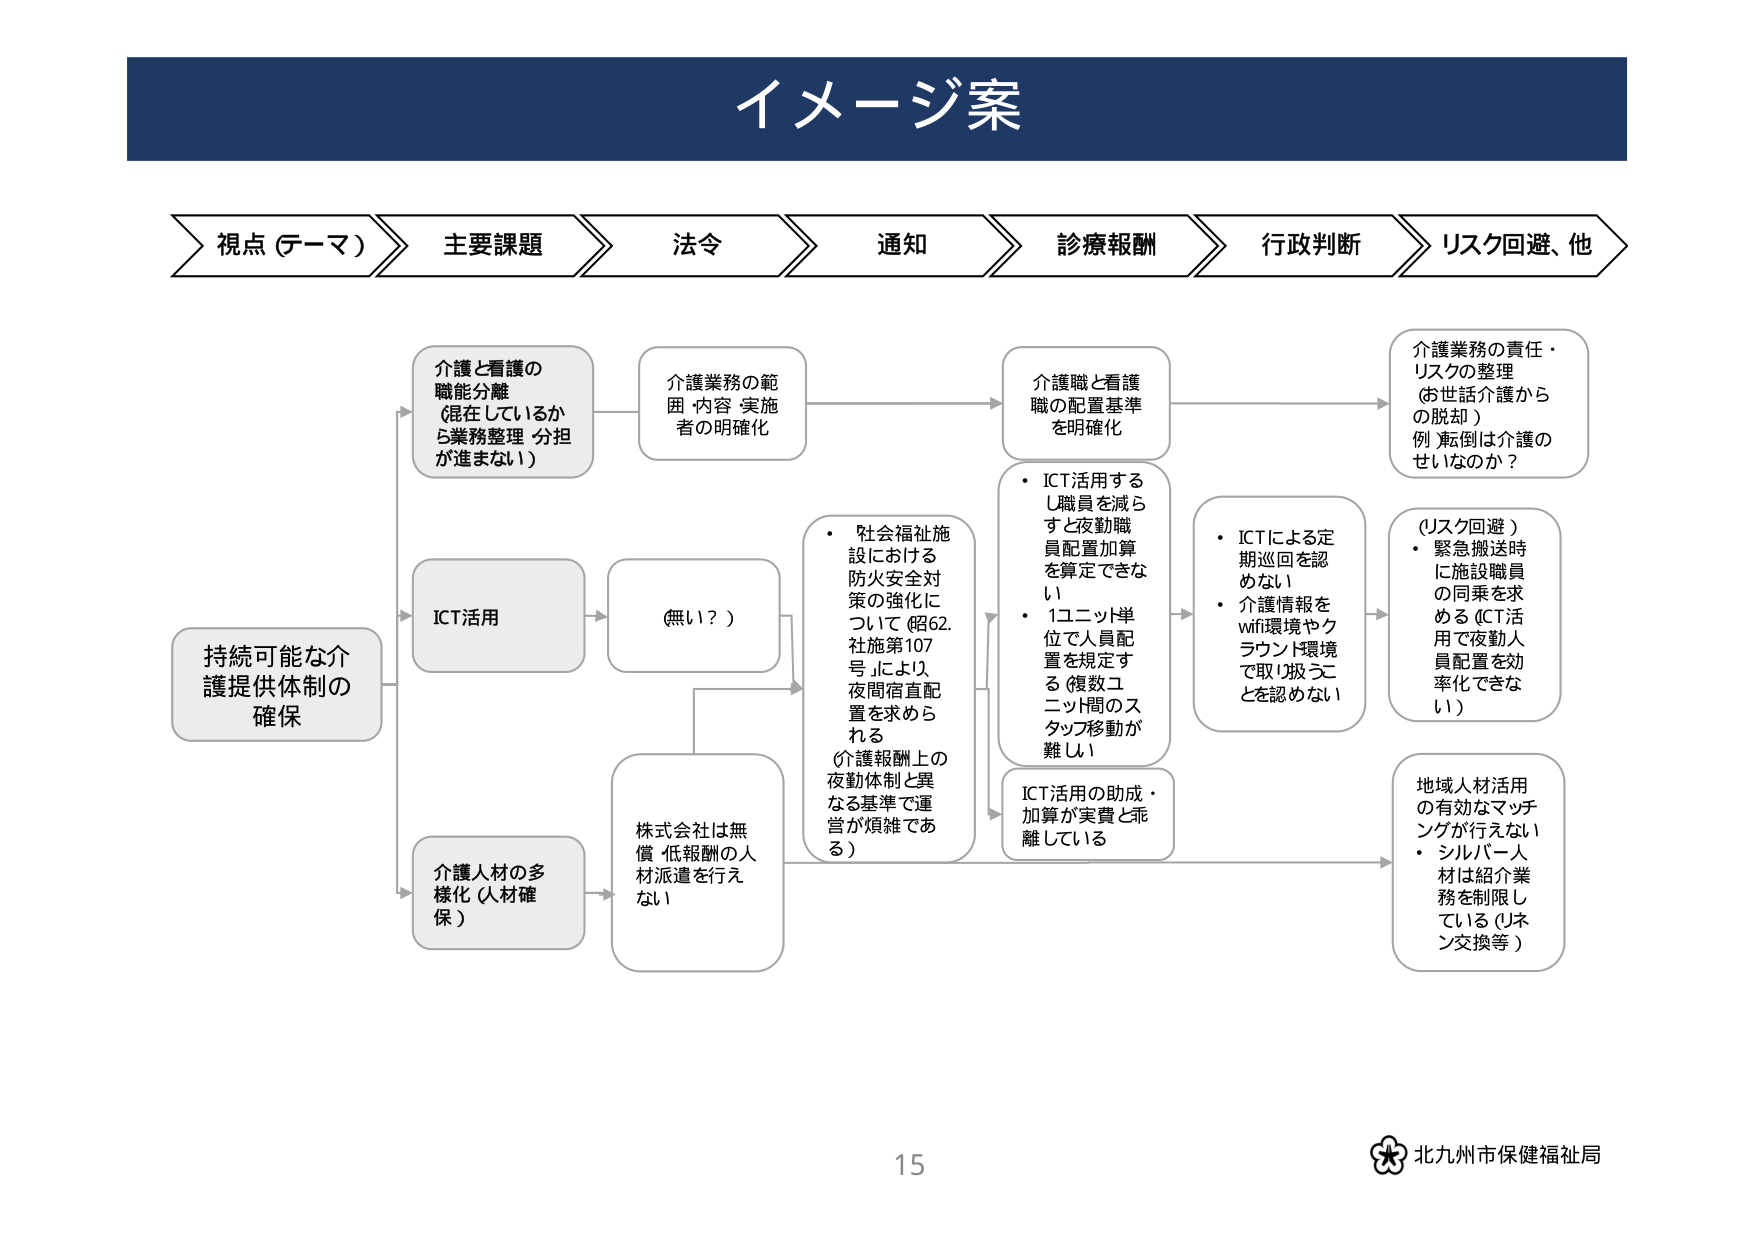
イメージ案

視点（テーマ）　主要課題　法令　通知　診療報酬　行政判断　リスク回避、他

持続可能な介護提供体制の確保

介護と看護の職能分離（混在しているか ら業務整理・分担が進まない）

ICT活用

介護人材の多様化（人材確保）

介護業務の範囲・内容・実施者の明確化

（無い？）

株式会社は無償・低報酬の人材派遣を行えない

・社会福祉施設における防火安全対策の強化について（昭62.社施第107号）により、夜間宿直配置を求められる（介護報酬上の夜勤体制と異なる基準で運営が煩雑である）

・ICT活用するし職員を減らすと夜勤職員配置加算を算定できない
・1ユニット単位で人員配置を規定する（複数ユニット間のスタッフ移動が難しい）

ICT活用の助成・加算が実質と乖離している

介護職と看護職の配置基準を明確化

・ICTによる定期巡回を認めない
・介護情報をwifi環境やクラウド環境で取り扱うことを認めない

介護業務の責任・リスクの整理（お世話介護からの脱却）例：転倒は介護のせいなのか？

（リスク回避）
・緊急搬送時に施設職員の同乗を求める（ICT活用で夜勤人員配置を効率化できない）

地域人材活用の有効なマッチングが行えない
・シルバー人材は紹介業務を制限している（リネン交換等）

15

北九州市保健福祉局